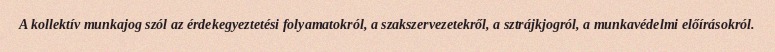
A kollektív munkajog szól az érdekegyeztetési folyamatokról, a szakszervezetekről, a sztrájkjogról, a munkavédelmi előírásokról.